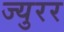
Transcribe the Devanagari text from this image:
ज्युरर